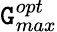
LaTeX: \mathtt{G}_{max}^{opt}